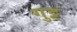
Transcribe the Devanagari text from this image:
गुट्ट